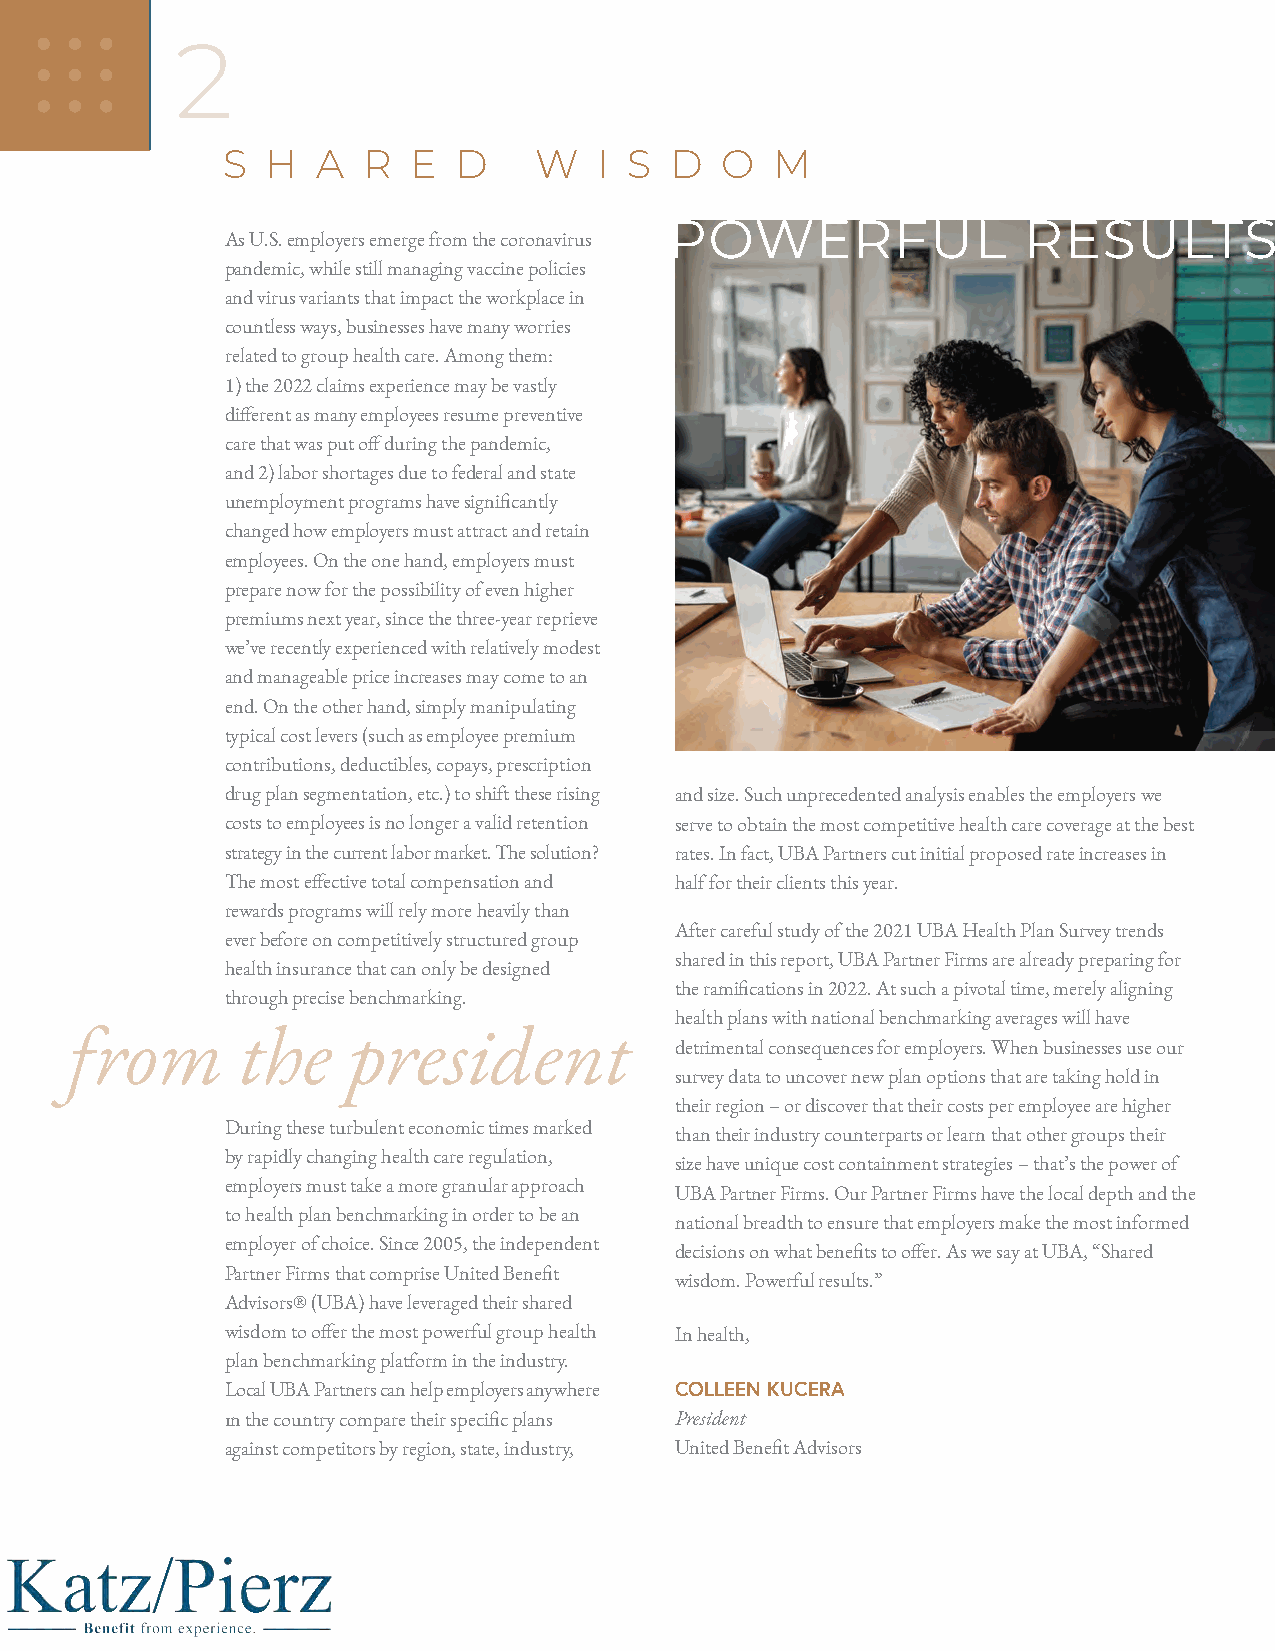
2
 S  H  A  R  E  D    W    I S D   O  M
 POWERFUL                RESULTS
 As U.S. employers emerge from the coronavirus
 pandemic, while still managing vaccine policies
 and virus variants that impact the workplace in
 countless ways, businesses have many worries
 related to group health care. Among them:
 1) the 2022 claims experience may be vastly
 different as many employees resume preventive
 care that was put off during the pandemic,
 and 2) labor shortages due to federal and state
 unemployment programs have significantly
 changed how employers must attract and retain
 employees. On the one hand, employers must
 prepare now for the possibility of even higher
 premiums next year, since the three-year reprieve
 we’ve recently experienced with relatively modest
 and manageable price increases may come to an
 end. On the other hand, simply manipulating
 typical cost levers (such as employee premium
 contributions, deductibles, copays, prescription
 drug plan segmentation, etc.) to shift these rising and size. Such unprecedented analysis enables the employers we
 costs to employees is no longer a valid retention serve to obtain the most competitive health care coverage at the best
 strategy in the current labor market. The solution? rates. In fact, UBA Partners cut initial proposed rate increases in
 The most effective total compensation and half for their clients this year.
 rewards programs will rely more heavily than
 After careful study of the 2021 UBA Health Plan Survey trends
 ever before on competitively structured group
 shared in this report, UBA Partner Firms are already preparing for
 health insurance that can only be designed
 the ramifications in 2022. At such a pivotal time, merely aligning
 through precise benchmarking.
 health plans with national benchmarking averages will have
 from        the    president
 detrimental consequences for employers. When businesses use our
 survey data to uncover new plan options that are taking hold in
 their region – or discover that their costs per employee are higher
 During these turbulent economic times marked
 than their industry counterparts or learn that other groups their
 by rapidly changing health care regulation,
 size have unique cost containment strategies – that’s the power of
 employers must take a more granular approach
 UBA Partner Firms. Our Partner Firms have the local depth and the
 to health plan benchmarking in order to be an
 national breadth to ensure that employers make the most informed
 employer of choice. Since 2005, the independent
 decisions on what benefits to offer. As we say at UBA, “Shared
 Partner Firms that comprise United Benefit
 wisdom. Powerful results.”
 Advisors® (UBA) have leveraged their shared
 wisdom to offer the most powerful group health In health,
 plan benchmarking platform in the industry.
 Local UBA Partners can help employers anywhere COLLEEN KUCERA
 In the country compare their specific plans President
 against competitors by region, state, industry, United Benefit Advisors